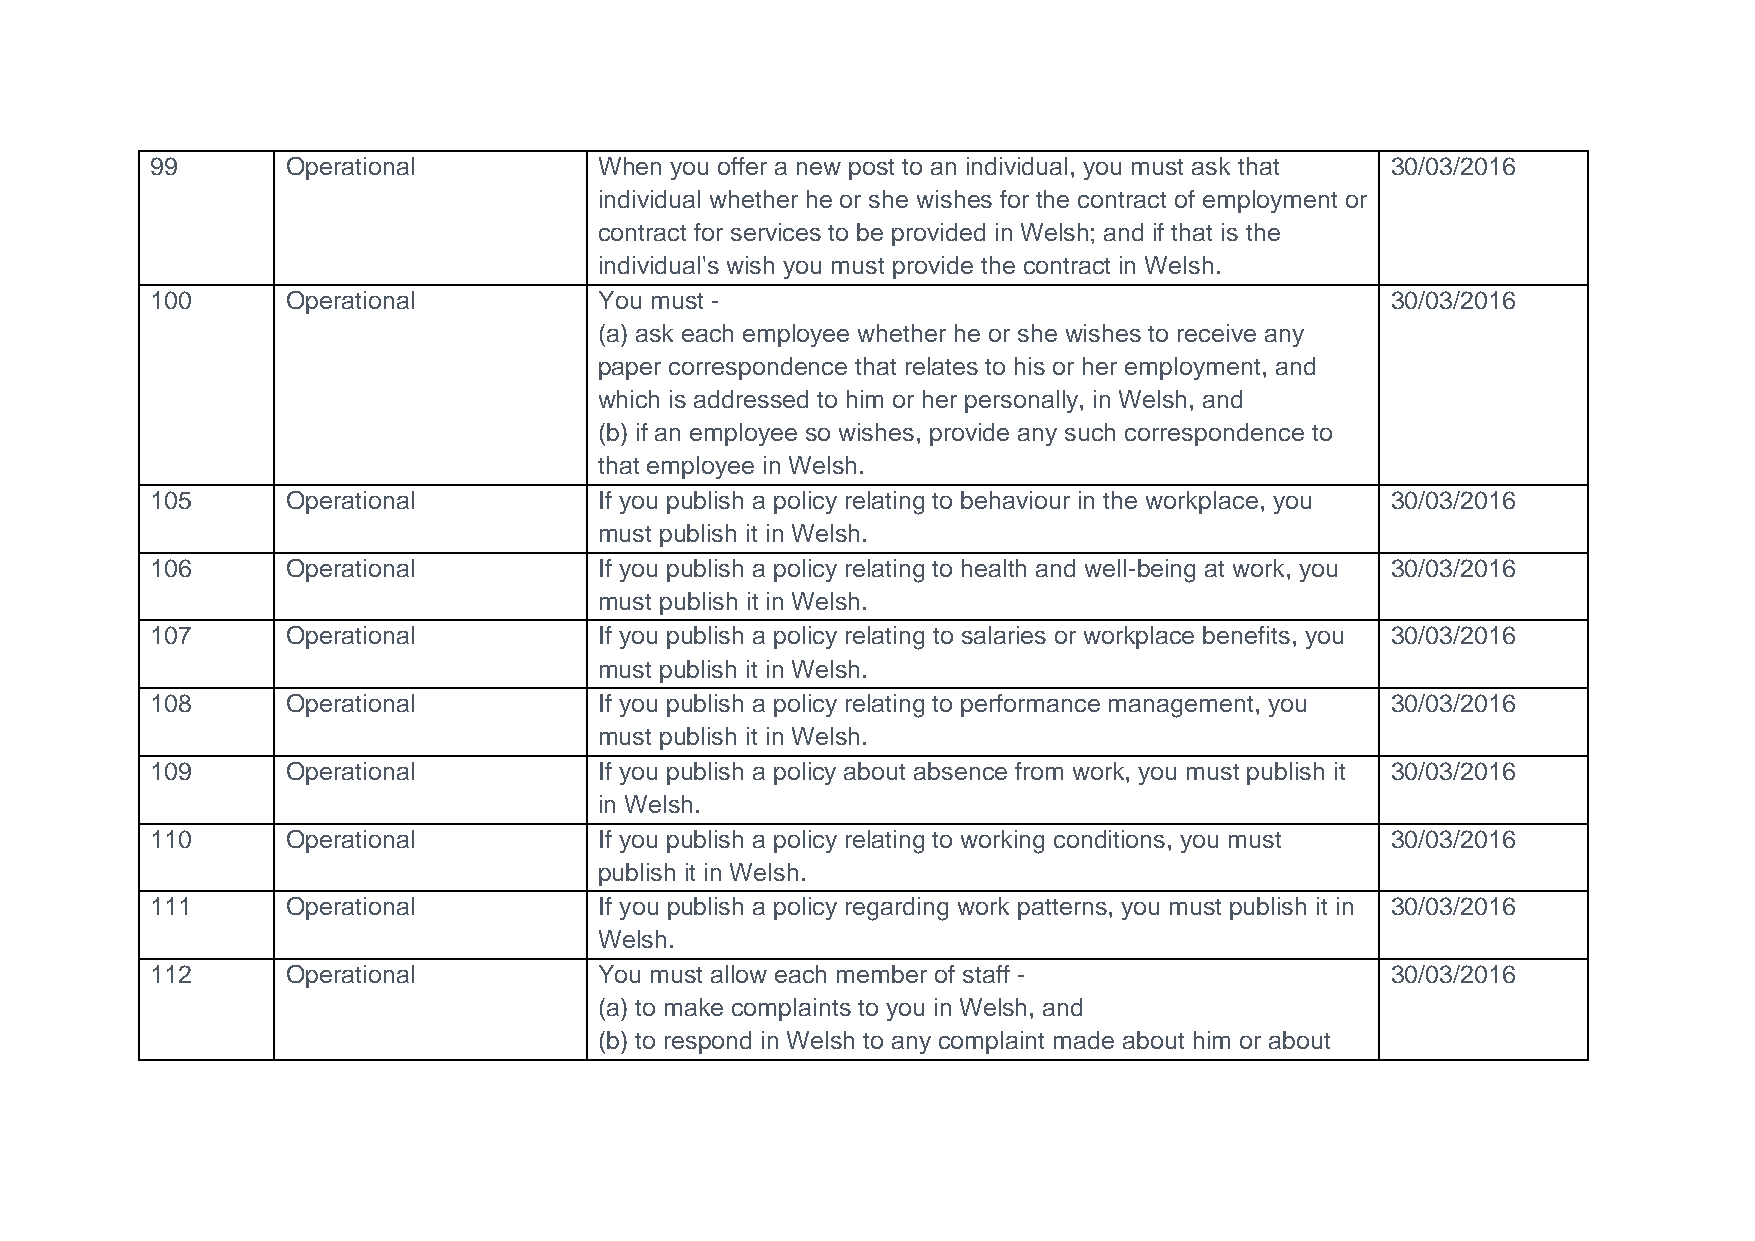
99       Operational          When you offer a new post to an individual, you must ask that 30/03/2016
 individual whether he or she wishes for the contract of employment or
 contract for services to be provided in Welsh; and if that is the
 individual's wish you must provide the contract in Welsh.
 100      Operational          You must -                                          30/03/2016
 (a) ask each employee whether he or she wishes to receive any
 paper correspondence that relates to his or her employment, and
 which is addressed to him or her personally, in Welsh, and
 (b) if an employee so wishes, provide any such correspondence to
 that employee in Welsh.
 105      Operational          If you publish a policy relating to behaviour in the workplace, you 30/03/2016
 must publish it in Welsh.
 106      Operational          If you publish a policy relating to health and well-being at work, you 30/03/2016
 must publish it in Welsh.
 107      Operational          If you publish a policy relating to salaries or workplace benefits, you 30/03/2016
 must publish it in Welsh.
 108      Operational          If you publish a policy relating to performance management, you 30/03/2016
 must publish it in Welsh.
 109      Operational          If you publish a policy about absence from work, you must publish it 30/03/2016
 in Welsh.
 110      Operational          If you publish a policy relating to working conditions, you must 30/03/2016
 publish it in Welsh.
 111      Operational          If you publish a policy regarding work patterns, you must publish it in 30/03/2016
 Welsh.
 112      Operational          You must allow each member of staff -               30/03/2016
 (a) to make complaints to you in Welsh, and
 (b) to respond in Welsh to any complaint made about him or about